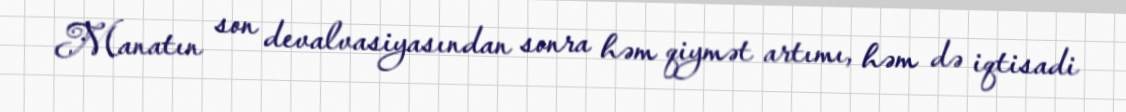
Manatın son devalvasiyasından sonra həm qiymət artımı, həm də iqtisadi